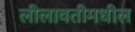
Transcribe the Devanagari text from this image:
लीलावतीमधील